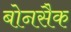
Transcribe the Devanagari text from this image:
बोनसैक